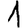
Digit: 1